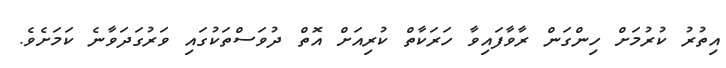
އިތުރު ކުރުމަށް ހިންގަން ރާވާފައިވާ ހަރަކާތް ކުރިއަށް އޮތް ދުވަސްތަކުގައި ވަރުގަދަވާނެ ކަމަށެވެ.